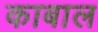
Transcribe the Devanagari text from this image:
काबाल